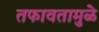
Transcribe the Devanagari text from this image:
तफावतामुळे